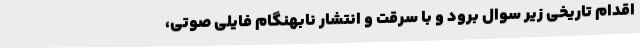
اقدام تاریخی زیر سوال برود و با سرقت و انتشار نابهنگام فایلی صوتی،